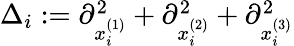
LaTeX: \begin{array}{r}{\Delta_{i}:=\partial_{x_{i}^{(1)}}^{2}+\partial_{x_{i}^{(2)}}^{2}+\partial_{x_{i}^{(3)}}^{2}}\end{array}